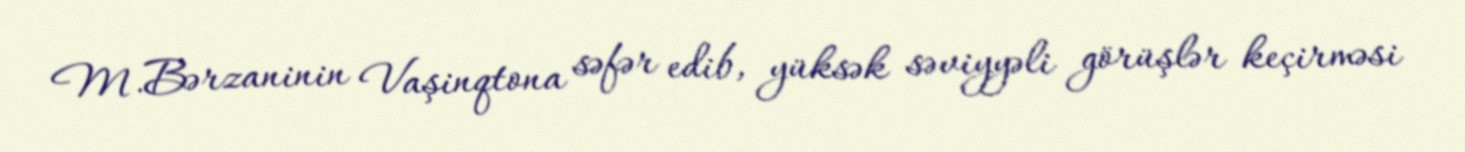
M.Bərzaninin Vaşinqtona səfər edib, yüksək səviyyəli görüşlər keçirməsi